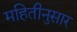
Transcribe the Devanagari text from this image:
महितीनुसार